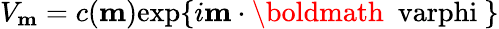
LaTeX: V_{\mathbf m}=c({\mathbf m})\mathrm{exp}\{ i{\mathbf m}\cdot\mathrm{\boldmath~\ varphi~}\}